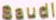
Baudl